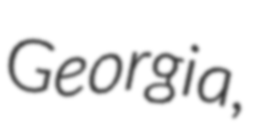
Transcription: Georgia,